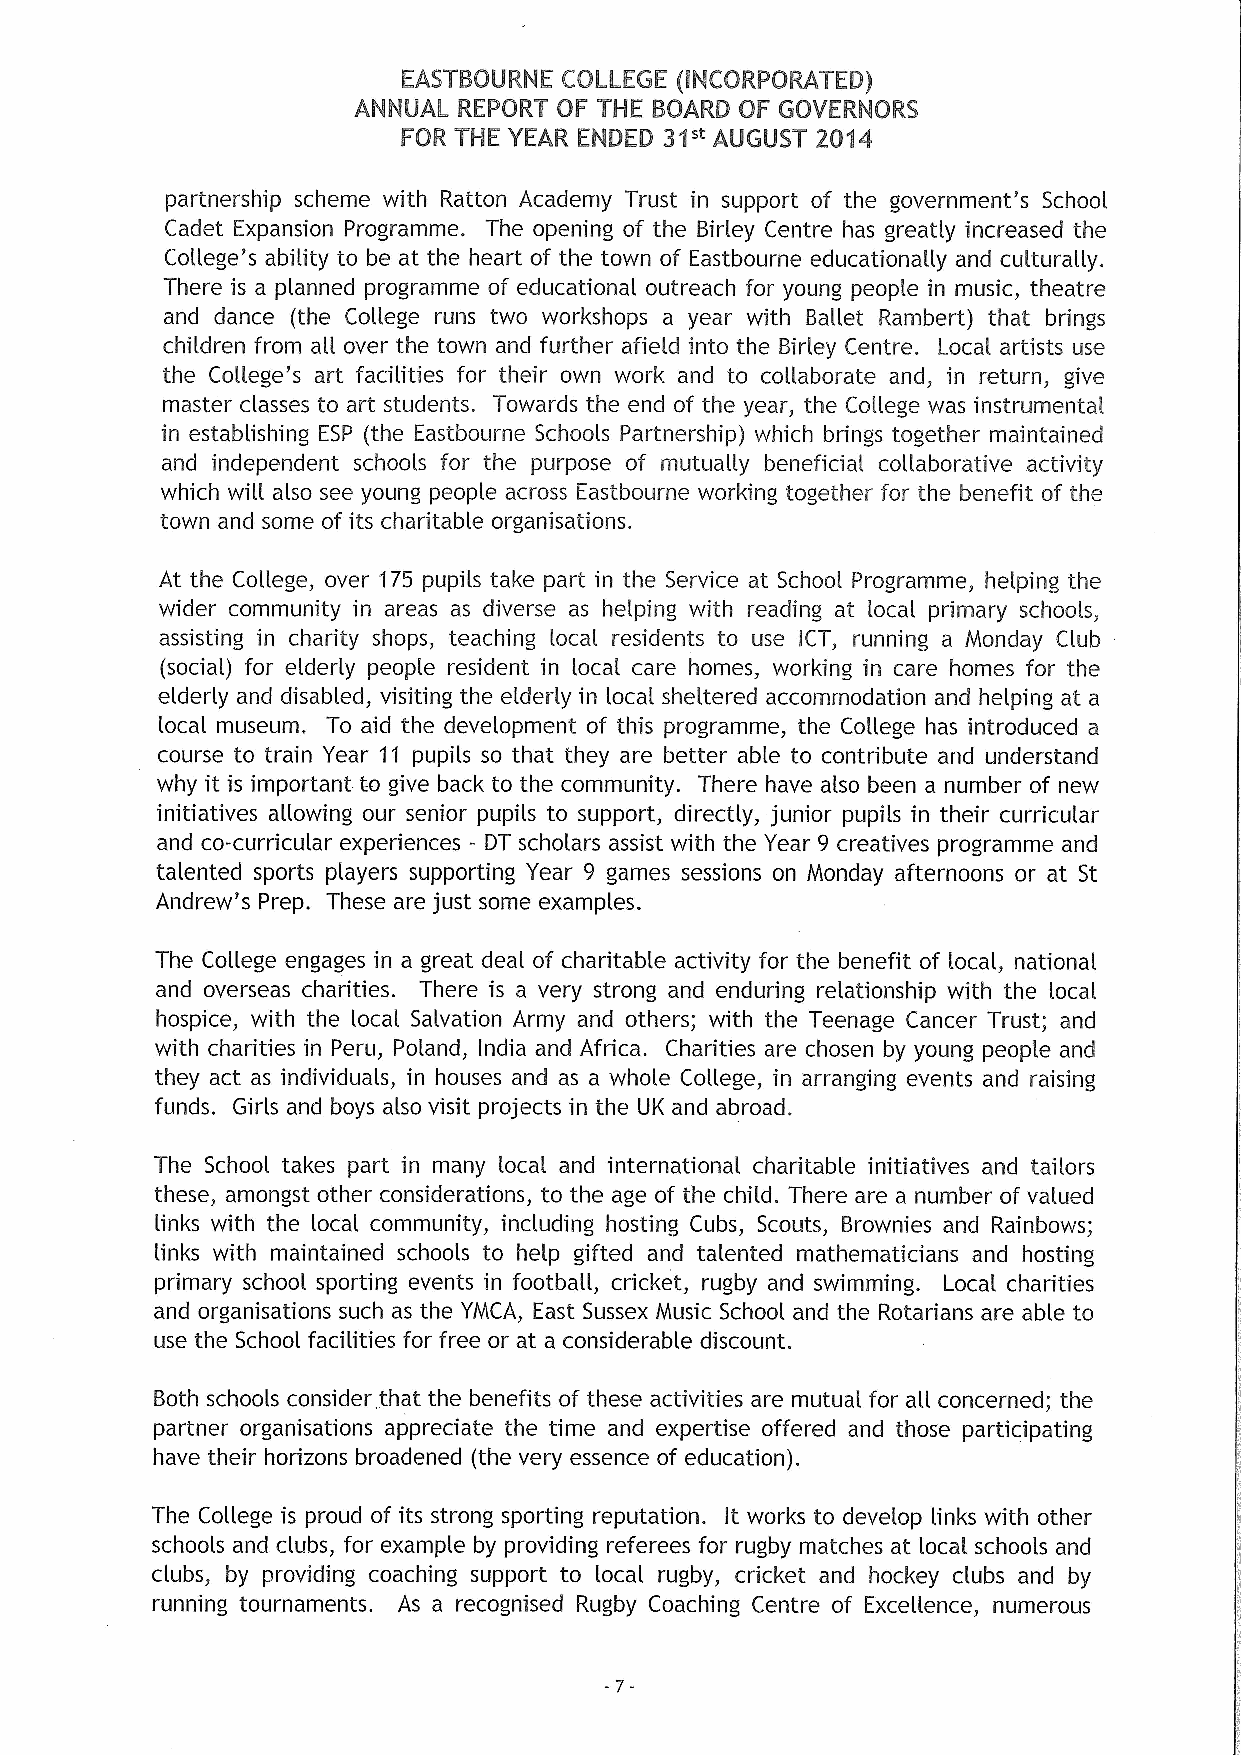
EASTBQURNE CGLLEGE (INCGRPGRATED)
 ANNUAL REPGRT QF THE BQARD QF GQVERNGf6
 FQR THE YEAR ENDED 3&" AUGUST 20&4
 partnership scheme with Ratton Academy Trust in support of the government's School
 Cadet Expansion Programme. The opening of the Birley Centre has greatly increased the
 College's abihty to be at the heart of the town of Eastbourne educationally and culturally.
 There is a planned programme of educational outreach for young people in music, theatre
 and dance (the College runs two workshops a year with Ballet Rambert) that brings
 children from aII over the town and further afield into the Birley Centre. Local artists use
 the College's art facihties for their own work and to collaborate and, in return, give
 master classes to art students. Towards the end of the year, the College was instrumental
 in establishing ESP (the Eastbourne Schools Partnership) which brings together maintained
 and independent schools for the purpose of mutually beneficial collaborative activity
 which will also see young people across Eastbourne working together for the benefit of the
 town and some of its charitable organisations.
 At the College, over 175 pupils take part in the Service at School Programme, helping the
 wider community in areas as diverse as helping with reading at local primary schools,
 assisting in charity shops, teaching local residents to use ICT, running a Monday Club
 (social) for elderly people resident in local care homes, working in care homes for the
 elderly and disabled, visiting the elderly in local. sheltered accommodation and helping at a
 local museum. To aid the development of this programme, the College has introduced a
 course to train Year 11 pupils so that they are better able to contribute and understand
 why it is important to give back to the community. There have also been a number of new
 initiatives allowing our senior pupils to support, directly, junior pupils in their curricular
 and co-curricular experiences - DT scholars assist with the Year 9 creatives programme and
 talented sports players supporting Year 9 games sessions on Monday afternoons or at St
 Andrew's Prep. These are just some examples.
 The Col.lege engages in a great deal of charitable activity for the benefit of local, national
 and overseas charities. There is a very strong and enduring relationship with the local
 hospice, with the local Salvation Army and others; with the Teenage Cancer Trust; and
 with charities in Peru, Poland, India and Africa. Charities are chosen by young people and
 they act as individuals, in houses and as a whole College, in arranging events and raising
 funds. Girls and boys also visit projects in the UK and abroad.
 The School takes part in many local and international. charitable initiatives and tailors
 these, amongst other considerations, to the age of the child. There are a number of vat.ued
 links with the local community, including hosting Cubs, Scouts, Brownies and Rainbows;
 links with maintained schools to help gifted and talented mathematidans and hosting
 primary school sporting events in football. , cricket, rugby and swimming. Local charities
 and organisations such as the YMCA, East Sussex Music School and the Rotarians are able to
 use the School facilities for free or at a considerable discount.
 Both schools consider that the benefits of these activities are mutual for all concerned; the
 partner organisations appreciate the time and expertise offered and those participating
 have their horizons broadened (the very essence of education).
 The College is proud of its strong sporting reputation. It works to develop links with other
 schools and clubs, for example by providing referees for rugby matches at local schools and
 clubs, by providing coaching support to local rugby, cricket and hockey clubs and by
 running tournaments. As a recognised Rugby Coaching Centre of Excellence, numerous